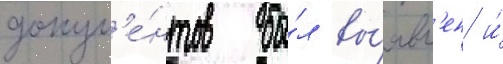
докум'е́нтов бы́л вы́явл'ен и́